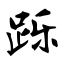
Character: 跞